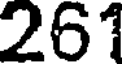
261